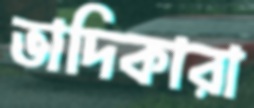
ভাদিকারা